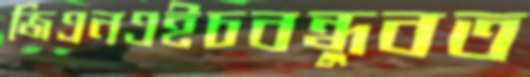
জিএনএইচবন্ধুবত